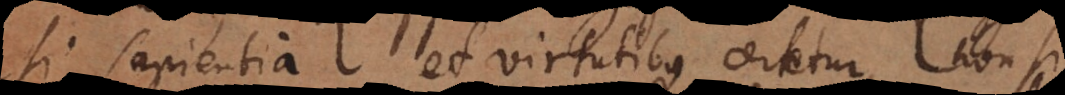
si sapientia et virtutibus certetur non si